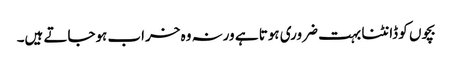
بچوں کو ڈانٹنا بہت ضروری ہوتا ہے ورنہ وہ خراب ہوجاتے ہیں۔